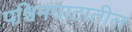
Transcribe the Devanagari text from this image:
पश्चिमघाटातील